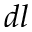
d l